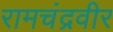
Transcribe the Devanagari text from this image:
रामचंद्रवीर